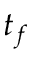
t _ { f }